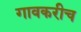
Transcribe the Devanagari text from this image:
गावकरीच